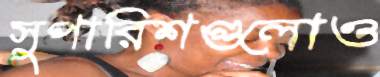
সুপারিশগুলোও